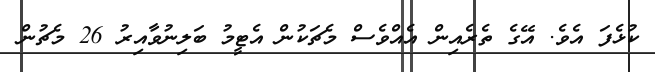
ކުޅެފަ އެވެ. އޭގެ ތެރެއިން އެއްވެސް މެޗަކުން އެޓީމު ބަލިނުވާއިރު 26 މެޗުން